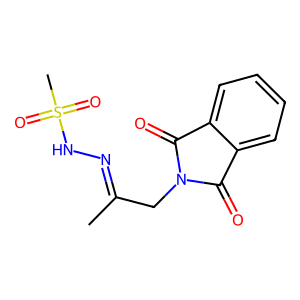
SMILES: CC(CN1C(=O)c2ccccc2C1=O)=NNS(C)(=O)=O
Inhibits HIV replication: No